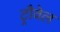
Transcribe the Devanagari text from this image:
ट्रौवेल